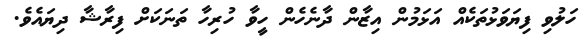
ހަލުވި ފިޔަވަޅުތަކެއް އަޅަމުން އިޒާން ދާނެހެން ހީވާ ހުރިހާ ތަނަކަށް ފިރާޝާ ދިޔައެވެ.